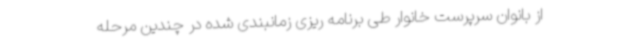
از بانوان سرپرست خانوار طی برنامه ریزی زمانبندی شده در چندین مرحله